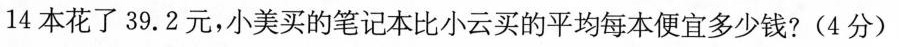
14本花了39.2元，小美买的笔记本比小云买的平均每本便宜多少钱?(4分)